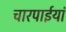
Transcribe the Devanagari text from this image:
चारपाईयां